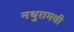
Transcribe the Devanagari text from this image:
नथुरामची